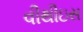
વીથીઇસ